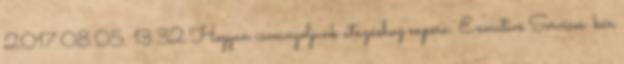
2017.08.05. 13:32 Hogyan csomagoljunk utazáshoz enpera: Executive Services: kár